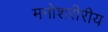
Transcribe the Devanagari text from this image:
मनोशरीरीय